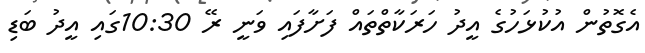
އެގޮތުން އުކުޅަހުގެ އީދު ހަރަކާތްތައް ފަށާފައި ވަނީ ރޭ 10:30ގައި އީދު ބަޑި